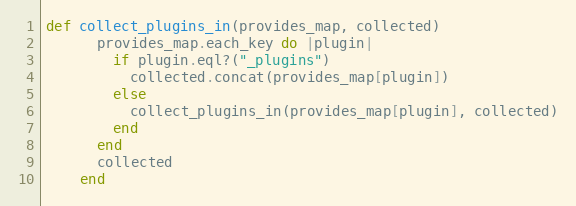
Language: Ruby
def collect_plugins_in(provides_map, collected)
      provides_map.each_key do |plugin|
        if plugin.eql?("_plugins")
          collected.concat(provides_map[plugin])
        else
          collect_plugins_in(provides_map[plugin], collected)
        end
      end
      collected
    end